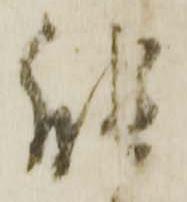
能